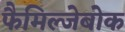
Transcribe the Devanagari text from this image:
फैमिल्जेबोक